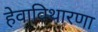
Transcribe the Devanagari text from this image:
हेवाविथारणा